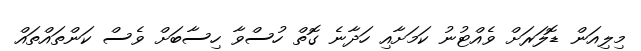
މިލިއަން ޑޮލަރަށް ވެއްޓުނު ކަމަށާއި ހަދާނެ ގޮތް ހުސްވާ ހިސާބަށް ވެސް ކަންތައްތައް